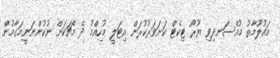
މައުލޫމާތު މުއްސަނދިވި ޔޫރޯ ޓިކެޓް ކަށަވަރުކުރަން އިޓަލީ މުހިއްމު ދެ މެޗަކަށް ނުކުންނަނީމަގާމުން